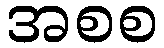
အစစ